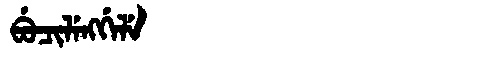
Manchu: ᠪᡠᠴᡳᠯᡝᠩᡤᡝᠯᡝ
Romanization: BUCILENGGELE